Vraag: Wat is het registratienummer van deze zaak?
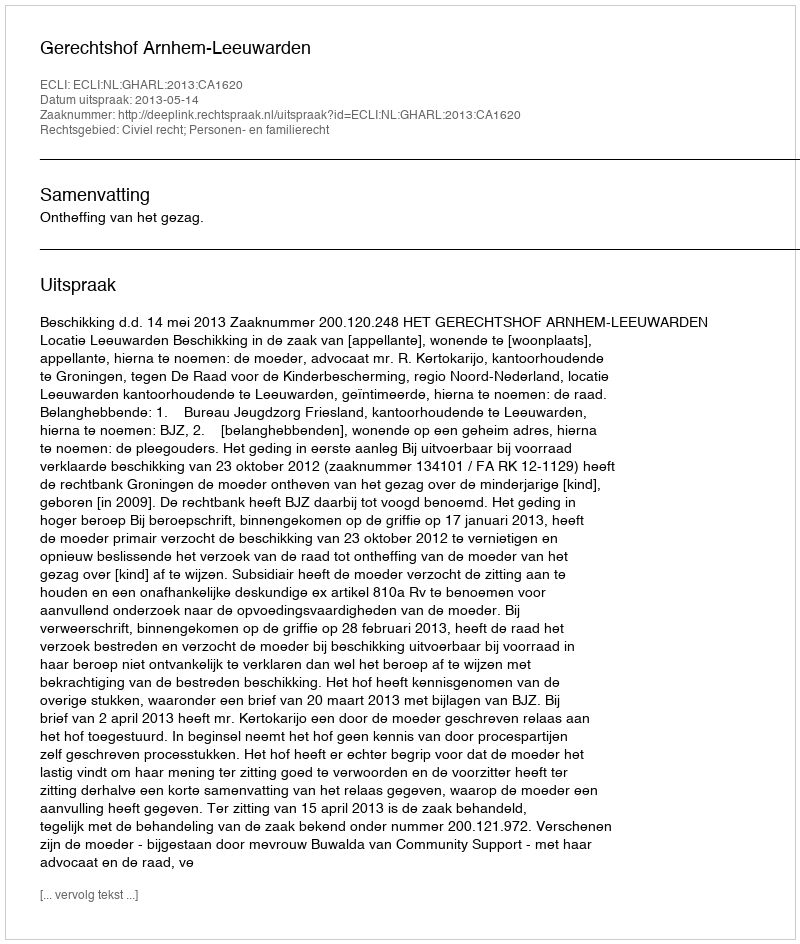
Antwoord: http://deeplink.rechtspraak.nl/uitspraak?id=ECLI:NL:GHARL:2013:CA1620